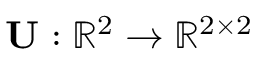
\mathbf { U } : \mathbb { R } ^ { 2 } \rightarrow \mathbb { R } ^ { 2 \times 2 }